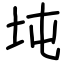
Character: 坉